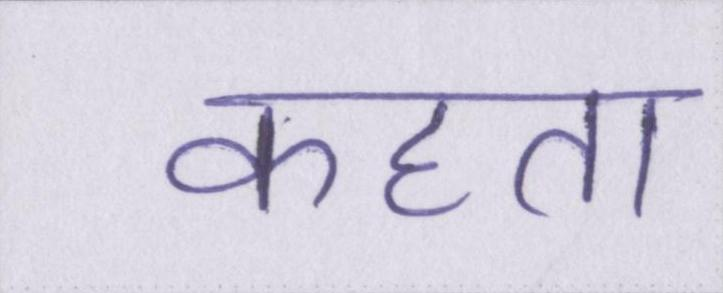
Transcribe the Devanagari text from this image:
कहता